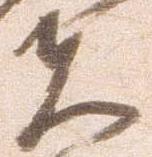
夫